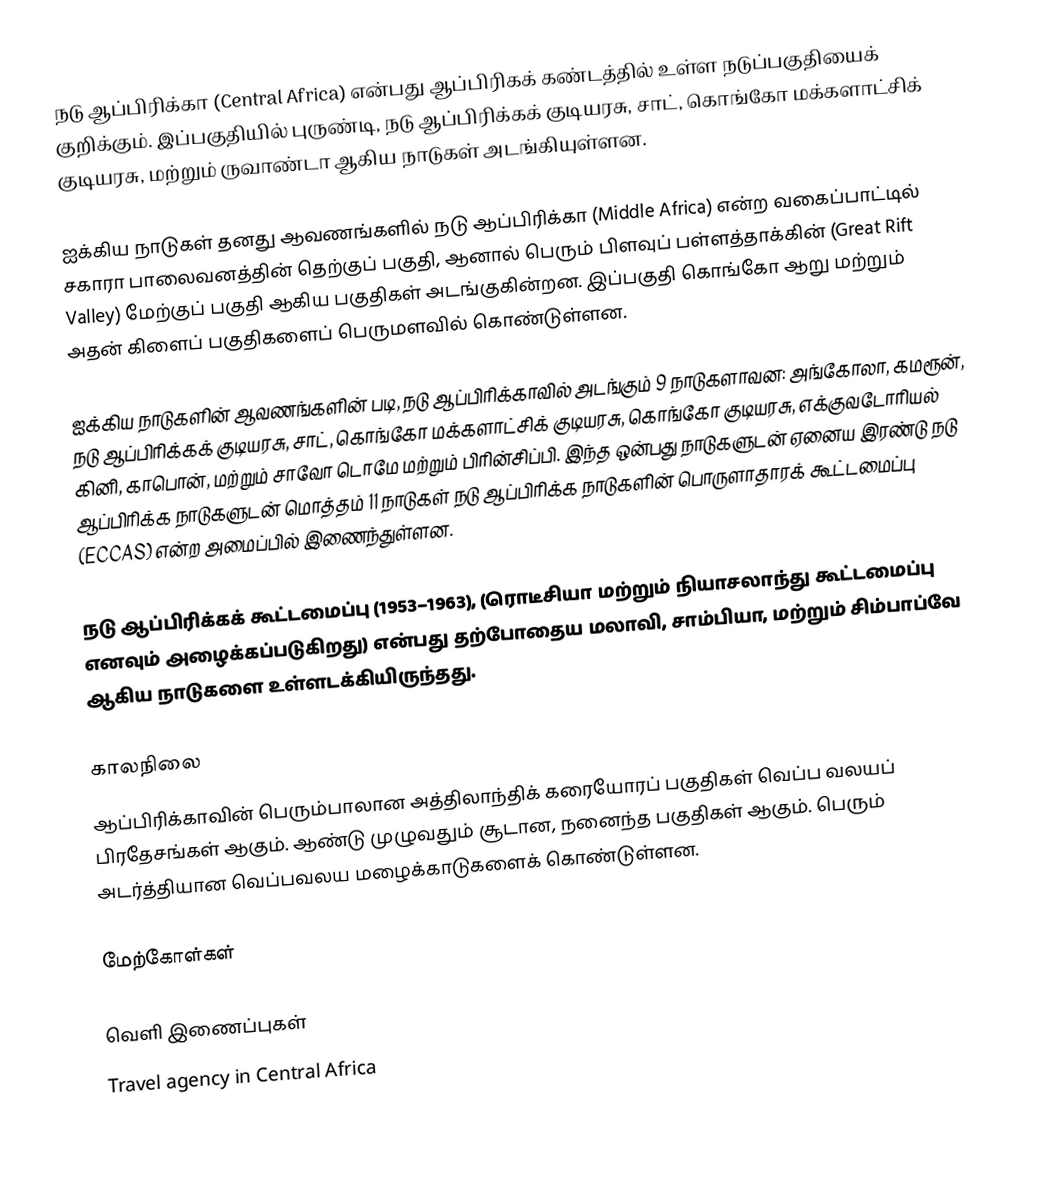
நடு ஆப்பிரிக்கா (Central Africa) என்பது ஆப்பிரிகக் கண்டத்தில் உள்ள நடுப்பகுதியைக் குறிக்கும். இப்பகுதியில் புருண்டி, நடு ஆப்பிரிக்கக் குடியரசு, சாட், கொங்கோ மக்களாட்சிக் குடியரசு, மற்றும் ருவாண்டா ஆகிய நாடுகள் அடங்கியுள்ளன.

ஐக்கிய நாடுகள் தனது ஆவணங்களில் நடு ஆப்பிரிக்கா (Middle Africa) என்ற வகைப்பாட்டில் சகாரா பாலைவனத்தின் தெற்குப் பகுதி, ஆனால் பெரும் பிளவுப் பள்ளத்தாக்கின் (Great Rift Valley) மேற்குப் பகுதி ஆகிய பகுதிகள் அடங்குகின்றன. இப்பகுதி கொங்கோ ஆறு மற்றும் அதன் கிளைப் பகுதிகளைப் பெருமளவில் கொண்டுள்ளன.

ஐக்கிய நாடுகளின் ஆவணங்களின் படி, நடு ஆப்பிரிக்காவில் அடங்கும் 9 நாடுகளாவன: அங்கோலா, கமரூன், நடு ஆப்பிரிக்கக் குடியரசு, சாட், கொங்கோ மக்களாட்சிக் குடியரசு, கொங்கோ குடியரசு, எக்குவடோரியல் கினி, காபொன், மற்றும் சாவோ டொமே மற்றும் பிரின்சிப்பி. இந்த ஒன்பது நாடுகளுடன் ஏனைய இரண்டு நடு ஆப்பிரிக்க நாடுகளுடன் மொத்தம் 11 நாடுகள் நடு ஆப்பிரிக்க நாடுகளின் பொருளாதாரக் கூட்டமைப்பு (ECCAS) என்ற அமைப்பில் இணைந்துள்ளன.

நடு ஆப்பிரிக்கக் கூட்டமைப்பு (1953–1963), (ரொடீசியா மற்றும் நியாசலாந்து கூட்டமைப்பு எனவும் அழைக்கப்படுகிறது) என்பது தற்போதைய மலாவி, சாம்பியா, மற்றும் சிம்பாப்வே ஆகிய நாடுகளை உள்ளடக்கியிருந்தது.

காலநிலை
ஆப்பிரிக்காவின் பெரும்பாலான அத்திலாந்திக் கரையோரப் பகுதிகள் வெப்ப வலயப் பிரதேசங்கள் ஆகும். ஆண்டு முழுவதும் சூடான, நனைந்த பகுதிகள் ஆகும். பெரும் அடர்த்தியான வெப்பவலய மழைக்காடுகளைக் கொண்டுள்ளன.

மேற்கோள்கள்

வெளி இணைப்புகள்
 Travel agency in Central Africa